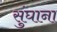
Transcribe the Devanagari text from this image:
सुंघाना